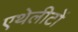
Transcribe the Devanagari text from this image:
एथेलीटों